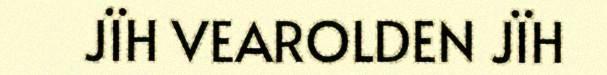
JÏH VEAROLDEN JÏH